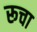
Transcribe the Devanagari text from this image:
रूचा